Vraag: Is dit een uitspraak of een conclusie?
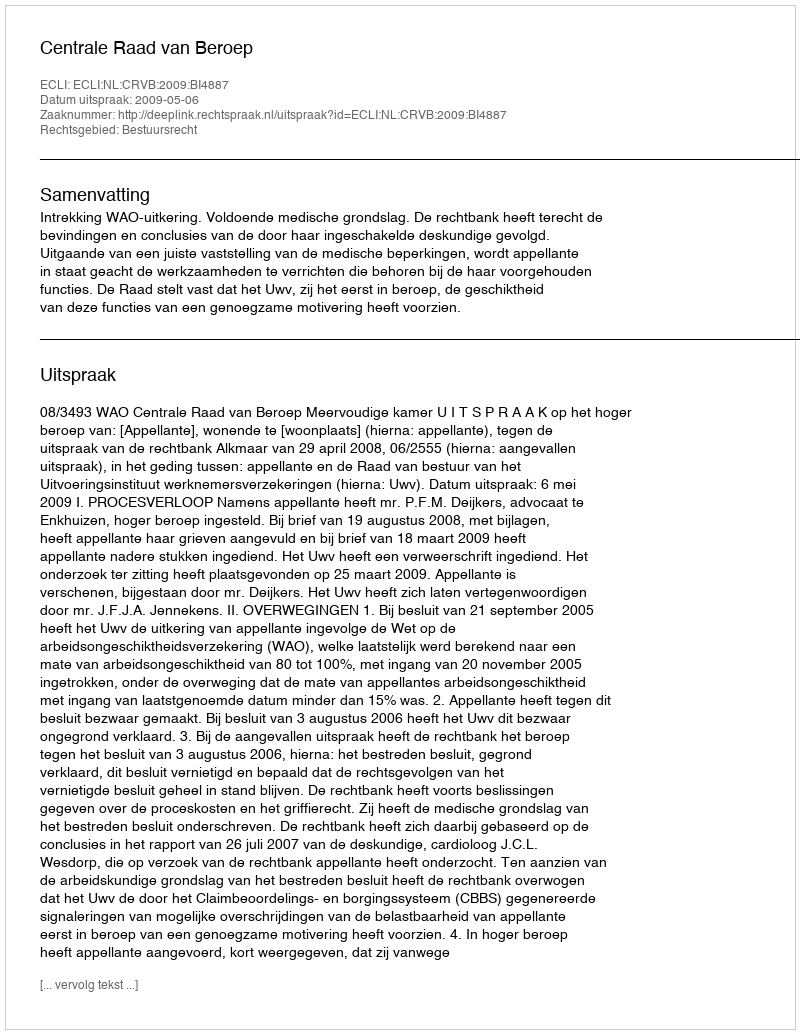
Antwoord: Uitspraak